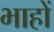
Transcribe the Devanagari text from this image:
भाहों